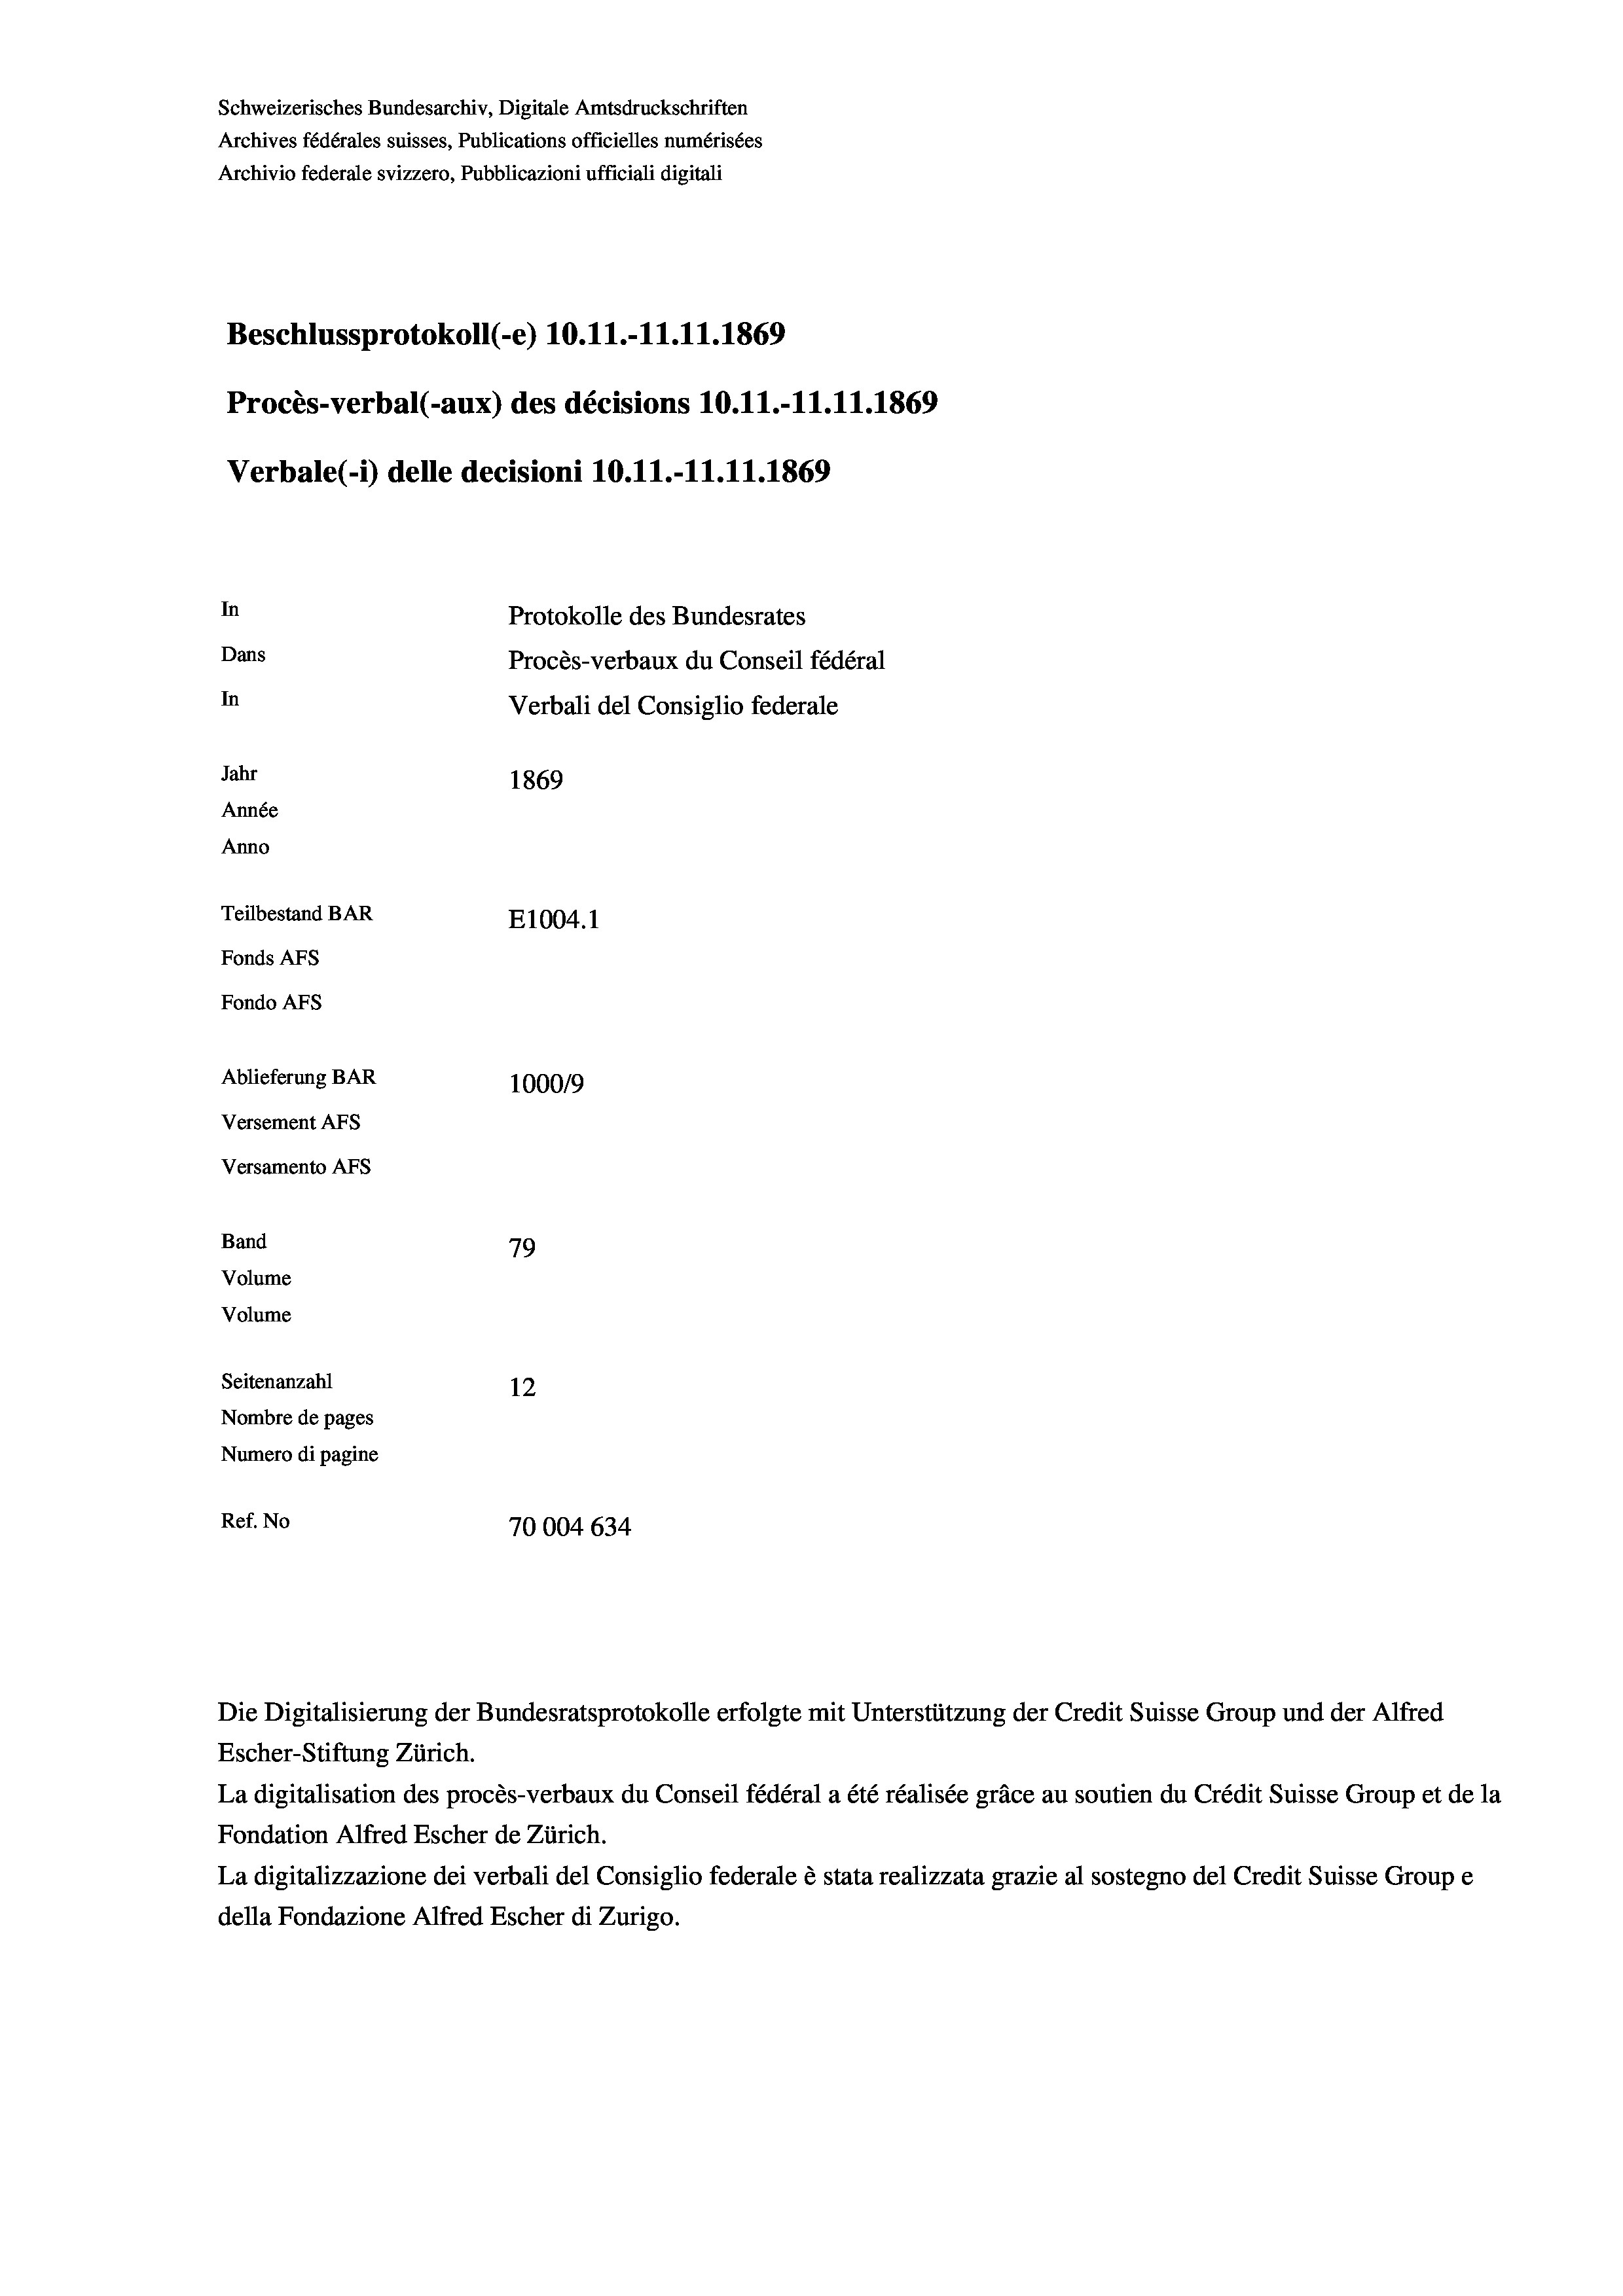
Schweizerisches Bundesarchiv, Digitale Amtsdruckschriften
Archives fédérales suisses, Publications officielles numérisées
Archivio federale svizzero, Pubblicazioni ufficiali digitali
Beschlussprotokoll (-e) 10.11.-11.11.1869
Procès-verbal (-aux) des décisions 10.11.-11.11.1869
Verbale (- 1) delle decisioni 10.11.-11.11.1869
In
Protokolle des Bundesrates
Dans
Procès-verbaux du Conseil fédéral
In
Verbali del Consiglio federale
Jahr
1869
Année
Anno
Teilbestand BAR
E1004. 1
Fonds AFs
Fondo AFs
Ablieferung BAR
100019
Versement As
Versamento AFs
Band
79
Volume
Volume
Seitenanzahl
12
Nombre de pages
Numero di pagine
Ref. No
70004 634

Escher-Stiftung Zürich.
La digitalisation des procès-verbaux du Conseil fédéral a été réalisée gräce au soutien du Crédit Suisse Group et de la
Fondation Alfred Escher de Zürich.
La digitalizzazione dei verbali del Consiglio federale è stata realizzata grazie al sostegno del Credit Suisse Groupe
della Fondazione Alfred Escher di Zurigo.

Die Digitalisierung der Bundesratsprotokolle erfolgte mit Unterstützung der Credit Suisse Group und der Alfred